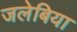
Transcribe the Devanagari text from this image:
जलेबिया